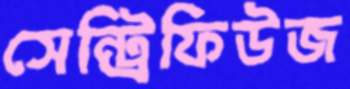
সেন্ট্রিফিউজ